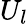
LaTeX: U_{l}